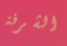
الشرفة